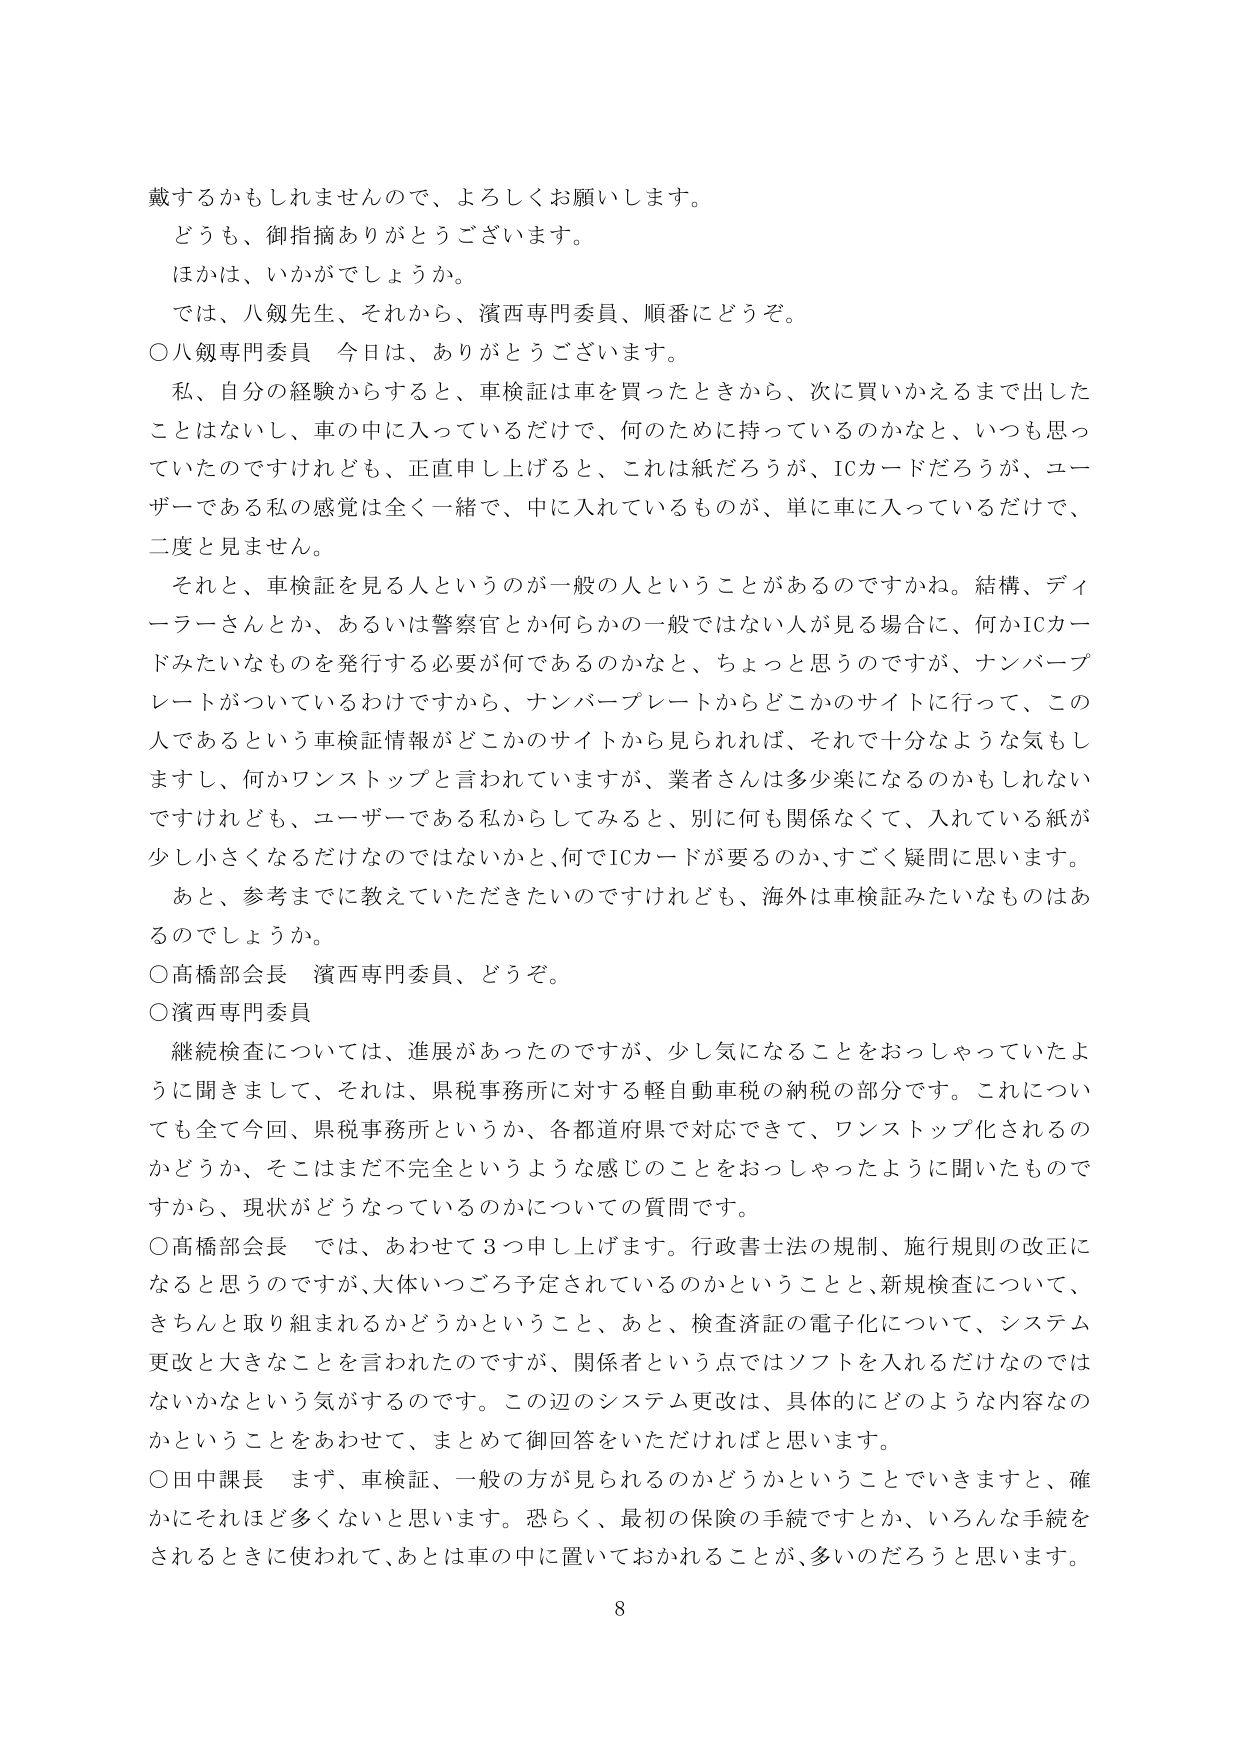
戴するかもしれませんので、よろしくお願いします。
どうも、御指摘ありがとうございます。
ほかは、いかがでしょうか。
では、八鯓先生、それから、濱西専門委員、順番にどうぞ。
〇八鯓専門委員　今日は、ありがとうございます。
私、自分の経験からすると、車検証は車を買ったときから、次に買いかえるまで出したことはないし、車の中に入っているだけで、何のために持っているのかなと、いつも思っていたのですけれども、正直申し上げると、これは紙だろうが、ICカードだろうが、ユーザーである私の感覚は全く一緒で、中に入れているものが、単に車に入っているだけで、二度と見ません。
それと、車検証を見る人というのが一般の人ということがあるのですかね。結構、ディーラーさんとか、あるいは警察官とか何らかの一般ではない人が見る場合に、何かICカードみたいなものを発行する必要が何であるのかなと、ちょっと思うのですが、ナンバープレートがついているわけですから、ナンバープレートからどこかのサイトに行って、この人であるという車検証情報がどこかのサイトから見られれば、それで十分なような気もしますし、何かワンストップと言われていますが、業者さんは多少楽になるのかもしれないですけれども、ユーザーである私からしてみると、別に何も関係なくて、入れている紙が少し小さくなるだけなのではないかと、何でICカードが要るのか、すごく疑問に思います。
あと、参考までに教えていただきたいのですけれども、海外は車検証みたいなものはあるのでしょうか。
〇高橋部会長　濱西専門委員、どうぞ。
〇濱西専門委員
継続検査については、進展があったのですが、少し気になることをおっしゃっていたように聞きましたて、それは、県税事務所に対する軽自動車税の納税の部分です。これについても全て今回、県税事務所というか、各都道府県で対応できて、ワンストップ化されるのかどうか、そこはまだ不完全というような感じのことをおっしゃったように聞いたものですから、現状がどうなっているのかについての質問です。
〇高橋部会長　では、あわせて３つ申し上げます。行政書士法の規制、施行規則の改正になると思うのですが、大体いつごろ予定されているのかということと、新規検査について、きちんと取り組まれるかどうかということ、あと、検査済証の電子化について、システム更改と大きなことを言われたのですが、関係者という点ではソフトを入れるだけではないかなという気がするのです。この辺のシステム更改は、具体的にどのような内容なのかということをあわせて、まとめて御回答をいただければと思います。
〇田中課長　まず、車検証、一般の方が見られるのかどうかということでいきますと、確かにそれはど多くないと思います。恐らく、最初の保険の手続ですとか、いろんな手続をされるときに使われて、あとは車の中に置いておかれることが、多いのだろうと思います。
8